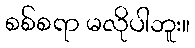
စစ်စရာ မလိုပါဘူး။